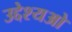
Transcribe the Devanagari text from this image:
उद्देश्यओ